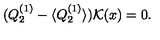
( Q _ { 2 } ^ { ( 1 ) } - \langle Q _ { 2 } ^ { ( 1 ) } \rangle ) { \cal K } ( x ) = 0 .